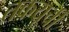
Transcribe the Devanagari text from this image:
तकयूची